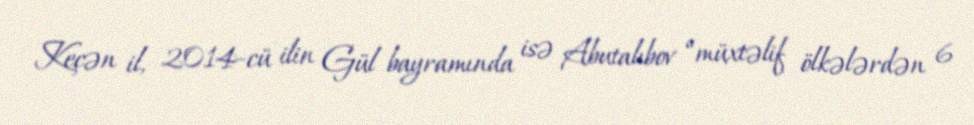
Keçən il, 2014-cü ilin Gül bayramında isə Abutalıbov “müxtəlif ölkələrdən 6